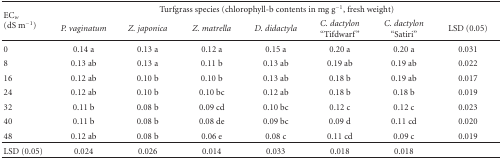
<table><thead><tr><td rowspan="2"><b>EC<sub><i>w</i></sub> (dS m<sup>−1</sup>)</b></td><td colspan="7"><b>Turfgrass species (chlorophyll-b contents in mg g<sup>−1</sup>, fresh weight)</b></td></tr><tr><td><b><i>P. vaginatum</i></b></td><td><b><i>Z. japonica</i></b></td><td><b><i>Z. matrella</i></b></td><td><b><i>D. didactyla</i></b></td><td><b><i>C. dactylon </i>“Tifdwarf”</b></td><td><b><i>C. dactylon </i>“Satiri”</b></td><td><b>LSD (0.05) </b></td></tr></thead><tbody><tr><td>0</td><td>0.14 a</td><td>0.13 a</td><td>0.12 a</td><td>0.15 a</td><td>0.20 a</td><td>0.20 a</td><td>0.031</td></tr><tr><td>8</td><td>0.13 ab</td><td>0.13 a</td><td>0.11 b</td><td>0.13 ab</td><td>0.19 ab</td><td>0.19 ab</td><td>0.022</td></tr><tr><td>16</td><td>0.12 ab</td><td>0.10 b</td><td>0.10 b</td><td>0.13 ab</td><td>0.18 b</td><td>0.19 ab</td><td>0.017</td></tr><tr><td>24</td><td>0.12 ab</td><td>0.10 b</td><td>0.10 bc</td><td>0.12 ab</td><td>0.18 b</td><td>0.18 b</td><td>0.019</td></tr><tr><td>32</td><td>0.11 b</td><td>0.08 b</td><td>0.09 cd</td><td>0.10 bc</td><td>0.12 c</td><td>0.12 c</td><td>0.023</td></tr><tr><td>40</td><td>0.11 b</td><td>0.08 b</td><td>0.08 de</td><td>0.09 bc</td><td>0.09 d</td><td>0.11 cd</td><td>0.020</td></tr><tr><td>48</td><td>0.12 ab</td><td>0.08 b</td><td>0.06 e</td><td>0.08 c</td><td>0.11 cd</td><td>0.09 c</td><td>0.019</td></tr><tr><td>LSD (0.05)</td><td>0.024</td><td>0.026</td><td>0.014</td><td>0.033</td><td>0.018</td><td>0.018</td><td></td></tr></tbody></table>